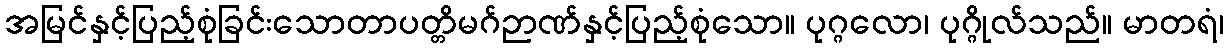
အမြင်နှင့်ပြည့်စုံခြင်းသောတာပတ္တိမဂ်ဉာဏ်နှင့်ပြည့်စုံသော။ ပုဂ္ဂလော၊ ပုဂ္ဂိုလ်သည်။ မာတရံ၊